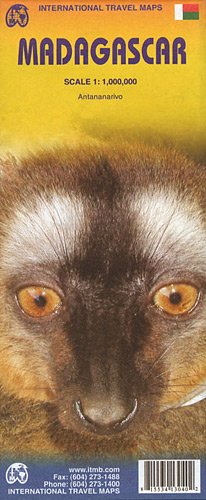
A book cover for Madagascar 1:1 000 000 inclued Antananarivo inset (International Travel Maps); International Travel maps; Travel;